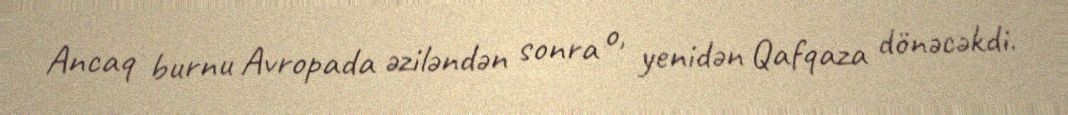
Ancaq burnu Avropada əziləndən sonra o, yenidən Qafqaza dönəcəkdi.